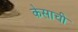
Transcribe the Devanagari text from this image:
केसाची